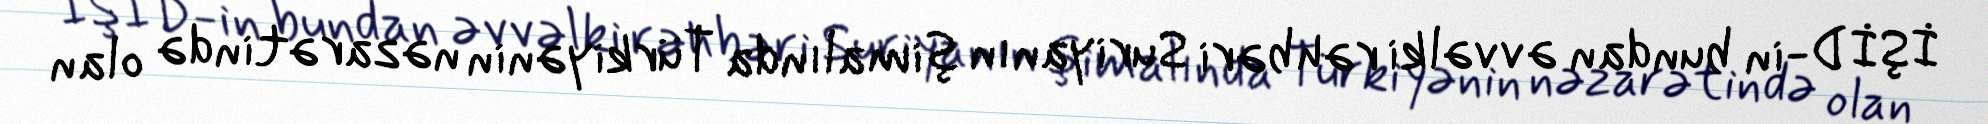
İŞİD-in bundan əvvəlki rəhbəri Suriyanın şimalında Türkiyənin nəzarətində olan